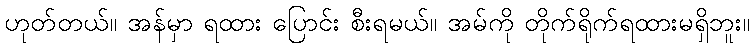
ဟုတ်တယ်။ အန်မှာ ရထား ပြောင်း စီးရမယ်။ အမ်ကို တိုက်ရိုက်ရထားမရှိဘူး။